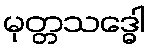
မုတ္တသဒ္ဓေါ